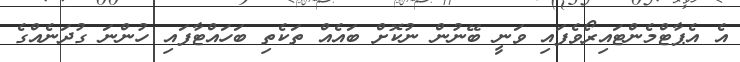
އެ އެޕާޓްމެންޓައިރޯވެފައި ވަނީ ބޭނުން ނުކޮށް ބައެއް ތަކެތި ބަހައްޓާފައި ހުންނަ ގުދަނެއްގެ